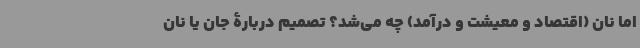
اما نان (اقتصاد و معیشت و درآمد) چه می‌شد؟ تصمیم دربارۀ جان یا نان